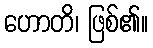
ဟောတိ၊ ဖြစ်၏။